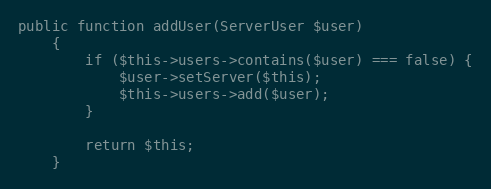
Language: PHP
public function addUser(ServerUser $user)
    {
        if ($this->users->contains($user) === false) {
            $user->setServer($this);
            $this->users->add($user);
        }

        return $this;
    }